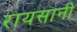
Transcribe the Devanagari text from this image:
रायसानी